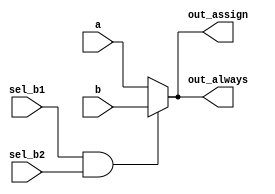
module top_module(
    input a,
    input b,
    input sel_b1,
    input sel_b2,
    output wire out_assign,
    output reg out_always
);

    assign out_assign = (sel_b1 == 1 && sel_b2 == 1) ? b : a;
    
    always @(*) begin
        if (sel_b1 == 1 && sel_b2 == 1) begin
            out_always <= b;
        end
        else begin
            out_always <= a;
        end
    end

endmodule